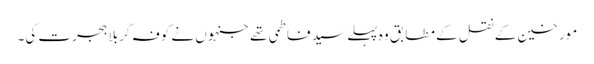
مورخین کے نقل کے مطابق وہ پہلے سید فاطمی تھے جنہوں نے کوفہ کربلا ہجرت کی۔